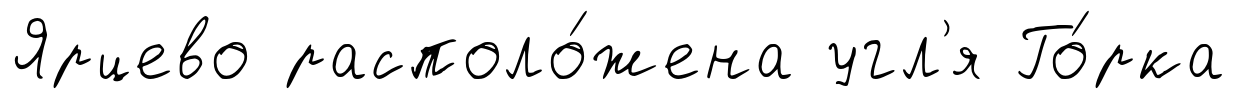
Ярцево располо́жена угл'я Го́рка